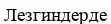
Лезгиндерде